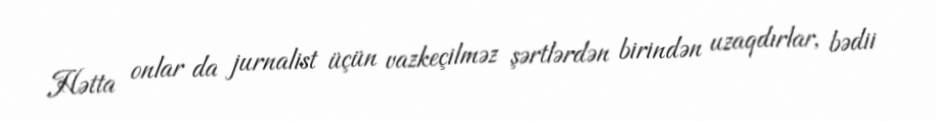
Hətta onlar da jurnalist üçün vazkeçilməz şərtlərdən birindən uzaqdırlar, bədii